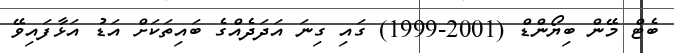
ބެޓް މޭން ބިޔޯންޑް (2001-1999) ގައި ގިނަ އަދަދެއްގެ ބައިތަކަށް އަޑު އަޅާފައިވޭ